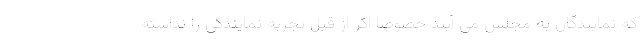
که نمایندگان به مجلس می آیند خصوصا اگر از قبل تجربه نمایندگی را نداشته